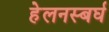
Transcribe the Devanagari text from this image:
हेलनस्बर्घ